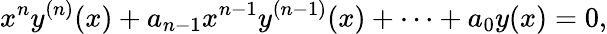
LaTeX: x^{n}y^{(n)}(x)+a_{n-1}x^{n-1}y^{(n-1)}(x)+\cdots+a_{0}y(x)=0,